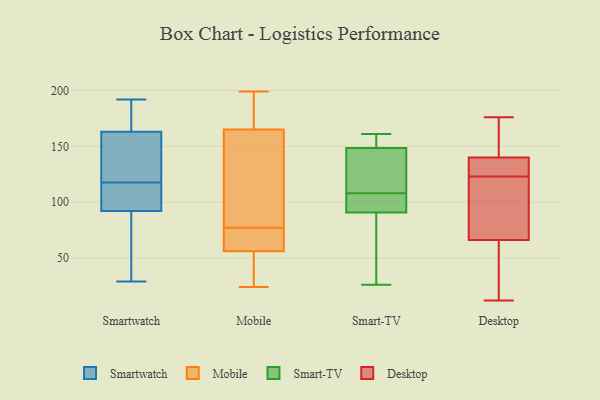
{"axis": {"x": "Energy Usage (MWh)", "y": "Value"}, "legend": ["Desktop", "Mobile", "Smart-TV", "Smartwatch"], "data": [{"x": "", "y": 97, "type": "Smartwatch"}, {"x": "", "y": 29, "type": "Smartwatch"}, {"x": "", "y": 92, "type": "Smartwatch"}, {"x": "", "y": 192, "type": "Smartwatch"}, {"x": "", "y": 109, "type": "Smartwatch"}, {"x": "", "y": 136, "type": "Smartwatch"}, {"x": "", "y": 120, "type": "Smartwatch"}, {"x": "", "y": 170, "type": "Smartwatch"}, {"x": "", "y": 79, "type": "Smartwatch"}, {"x": "", "y": 185, "type": "Smartwatch"}, {"x": "", "y": 64, "type": "Smartwatch"}, {"x": "", "y": 115, "type": "Smartwatch"}, {"x": "", "y": 163, "type": "Smartwatch"}, {"x": "", "y": 161, "type": "Smartwatch"}, {"x": "", "y": 165, "type": "Mobile"}, {"x": "", "y": 177, "type": "Mobile"}, {"x": "", "y": 58, "type": "Mobile"}, {"x": "", "y": 132, "type": "Mobile"}, {"x": "", "y": 76, "type": "Mobile"}, {"x": "", "y": 188, "type": "Mobile"}, {"x": "", "y": 56, "type": "Mobile"}, {"x": "", "y": 123, "type": "Mobile"}, {"x": "", "y": 31, "type": "Mobile"}, {"x": "", "y": 78, "type": "Mobile"}, {"x": "", "y": 199, "type": "Mobile"}, {"x": "", "y": 50, "type": "Mobile"}, {"x": "", "y": 64, "type": "Mobile"}, {"x": "", "y": 24, "type": "Mobile"}, {"x": "", "y": 108, "type": "Smart-TV"}, {"x": "", "y": 141, "type": "Smart-TV"}, {"x": "", "y": 26, "type": "Smart-TV"}, {"x": "", "y": 96, "type": "Smart-TV"}, {"x": "", "y": 152, "type": "Smart-TV"}, {"x": "", "y": 105, "type": "Smart-TV"}, {"x": "", "y": 89, "type": "Smart-TV"}, {"x": "", "y": 151, "type": "Smart-TV"}, {"x": "", "y": 122, "type": "Smart-TV"}, {"x": "", "y": 77, "type": "Smart-TV"}, {"x": "", "y": 161, "type": "Smart-TV"}, {"x": "", "y": 133, "type": "Desktop"}, {"x": "", "y": 124, "type": "Desktop"}, {"x": "", "y": 12, "type": "Desktop"}, {"x": "", "y": 172, "type": "Desktop"}, {"x": "", "y": 75, "type": "Desktop"}, {"x": "", "y": 150, "type": "Desktop"}, {"x": "", "y": 137, "type": "Desktop"}, {"x": "", "y": 136, "type": "Desktop"}, {"x": "", "y": 28, "type": "Desktop"}, {"x": "", "y": 123, "type": "Desktop"}, {"x": "", "y": 176, "type": "Desktop"}, {"x": "", "y": 170, "type": "Desktop"}, {"x": "", "y": 80, "type": "Desktop"}, {"x": "", "y": 41, "type": "Desktop"}, {"x": "", "y": 92, "type": "Desktop"}, {"x": "", "y": 63, "type": "Desktop"}, {"x": "", "y": 58, "type": "Desktop"}, {"x": "", "y": 141, "type": "Desktop"}, {"x": "", "y": 101, "type": "Desktop"}]}